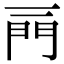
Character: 𨳌